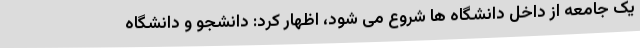
یک جامعه از داخل دانشگاه ها شروع می شود، اظهار کرد: دانشجو و دانشگاه